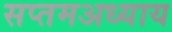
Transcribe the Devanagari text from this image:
सप्तमअध्याय